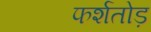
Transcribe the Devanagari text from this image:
फर्शतोड़